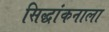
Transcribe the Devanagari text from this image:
सिद्धांकनाला